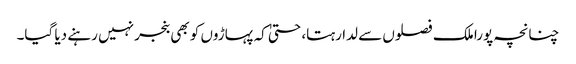
چنانچہ پورا ملک فصلوں سے لدا رہتا، حتیٰ کہ پہاڑوں کو بھی بنجر نہیں رہنے دیا گیا۔